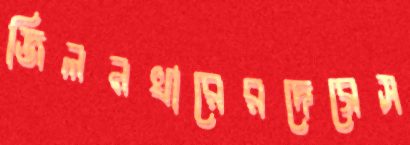
জিলনখারেরদেব্রেস